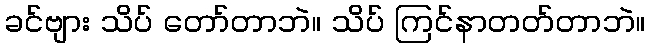
ခင်ဗျား သိပ် တော်တာဘဲ။ သိပ် ကြင်နာတတ်တာဘဲ။